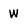
Character: W